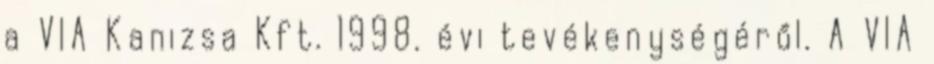
a VIA Kanizsa Kft. 1998. évi tevékenységéről. A VIA